Civil Veterinary Dept. Assam report 1927-50 - 1927-1950
Year: 1927
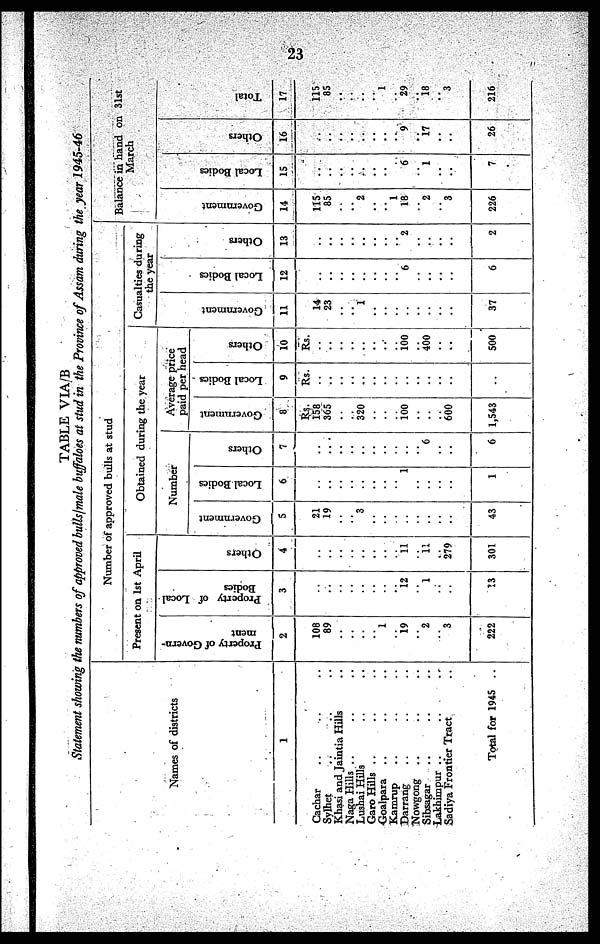
23
TABLE
VIA/B
Statement
showing
the numbers of approved bulls/male
buffaloes at stud in the Province of Assam during
the year
1945-46
Names of districts
1
Cachar .. .. ..
Sylhet .. .. ..
Khasi and Jaintia Hills ..
Naga Hills .. .. ..
Lushai Hills .. ..
Garo Hills .. .. ..
Goalpara .. .. ..
Kamrup .. .. ..
Darrang .. .. ..
Nowgong .. .. ..
Sibsagar .. .. ..
Lakhimpur .. .. ..
Sadiya Frontier Tract ..
Total for 1945 ..
Number of approved bulls at stud
Present on 1st April
Property of Govern-
ment
2
108
89
..
..
..
..
1
..
19
..
2
..
3
222
P roperty of Local
Bodies
3
..
..
..
..
..
..
..
..
12
..
1
..
..
13
Others
4
..
..
..
..
..
..
..
..
11
..
11
279
301
Obtained during the year
Number
Government
5
21
19
..
..
3
..
..
..
..
..
..
..
..
43
Local Bodies
6
..
..
..
..
..
..
..
..
1
..
..
..
..
1
Others
7
..
..
..
..
..
..
..
..
..
..
6
..
..
6
Average price
paid per head
Government
8
Rs.
158
365
..
..
320
..
..
..
100
..
..
..
600
1,543
Local Bodies
9
Rs.
..
..
..
..
..
..
..
..
..
..
..
..
..
Others
10
Rs.
..
..
..
..
..
..
..
..
100
..
400
..
..
500
Casualties during
the year
Go v e r
n me n t
11
14
23
..
..
1
..
..
..
..
..
..
..
..
37
Local Bodi es
12
..
..
..
..
..
..
..
..
6
..
..
..
..
6
Others
13
..
..
..
..
..
..
..
..
2
..
..
..
..
2
March
Go v e r
n me n t
14
115
85
..
..
2
..
..
1
18
..
2
..
3
226
Local Bodi es
15
..
..
..
..
..
..
..
..
6
..
1
..
..
7
Others
16
..
..
..
..
..
..
..
..
9
..
17
..
..
26
Tot al
17
115
85
..
..
..
..
1
..
29
..
18
..
3
216